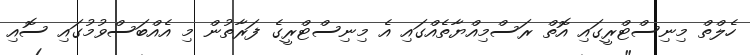
ހެލްތް މިނިސްޓްރީގައި އޮތް ރަސްމިއްޔާތެއްގައި އެ މިނިސްޓްރީގެ ފަރާތުން މި އެއްބަސްވުމުގައި ސޮއި